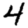
Digit: 4